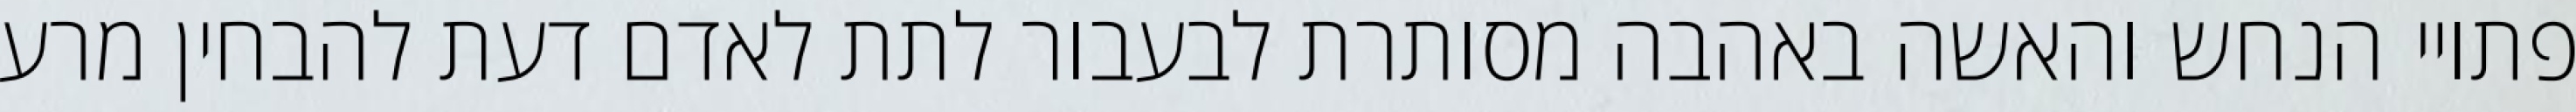
פתויי הנחש והאשה באהבה מסותרת לבעבור לתת לאדם דעת להבחין מרע